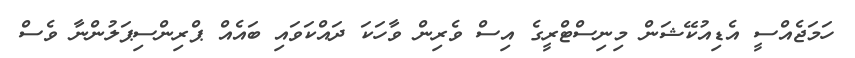
ހަމަޖެއްސީ އެޑިއުކޭޝަން މިނިސްޓްރީގެ އިސް ވެރިން ވާހަކަ ދައްކަވައި ބައެއް ޕްރިންސިޕަލުންނާ ވެސް